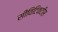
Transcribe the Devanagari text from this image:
सीविटिकटीस